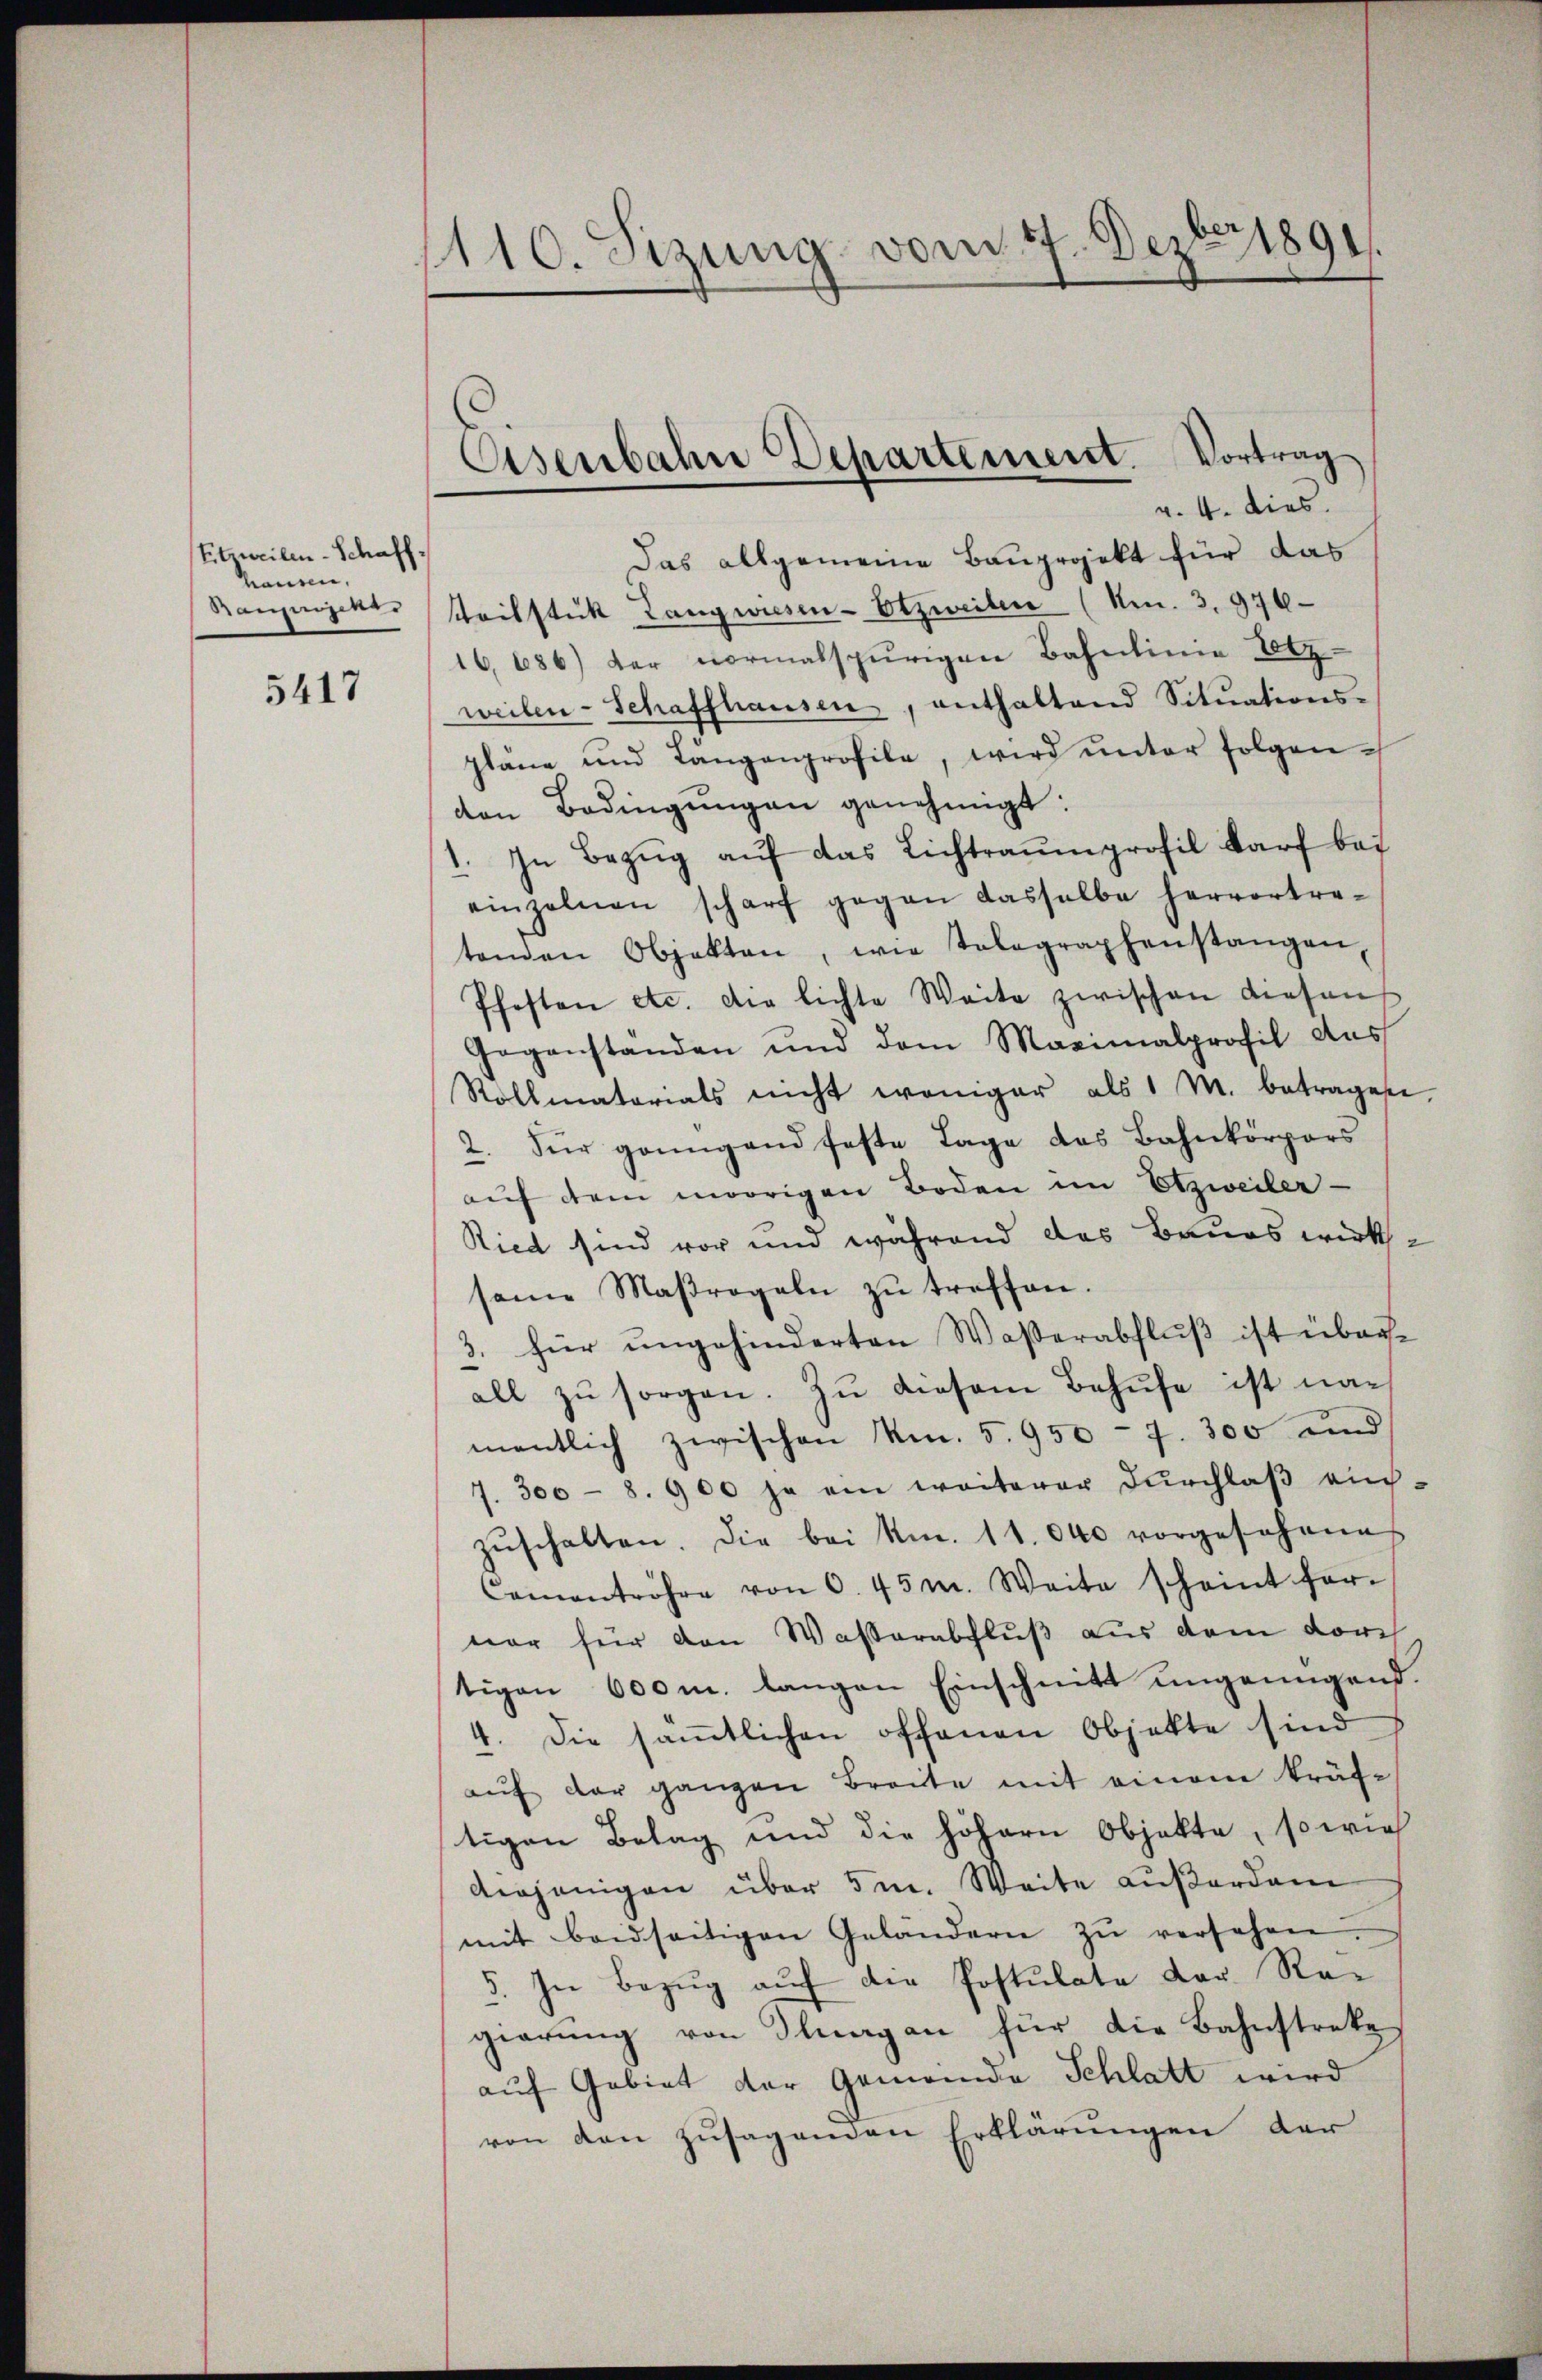
Etzweilen-Schaff-
hausen,
Bauzeigent

5417

1110. Sizung vom 17. Dezbr. 1891.

Eisenbahn Departement. Vortrag
v. 4. dies

Das allgemeine Bauprojekt für das
teilstück Langwiesen-Otzweilen (Nr. 3. 976
16,686) der normalspurigen Bahnlinie Herz
weilen- Schaffhausen, enthaltend Sitŭations-
pläne und Längenprofile, wird ŭnter folgenvon Bedingŭngen genehmigt:
1. In Bezŭg aŭf das Lichtraumprofil darf bei
einzelnen scharf gegen dasselbe hervortra-
tenden Objekten, wie telegraphenstangen,
Pfosten etc. die lichte Weite zwischen diesen
Gegenstanden und dem Maximalprofil das
Rollmatorials nicht weniger als 1 M. betragese
2. Für genügend feste Tage das Bahnkörpers
aŭf dem modrigen Boden im Etzweiler-
Ried sind vor und während das Baues wirksseine Maßregeln zŭ treffen.
3. für ungehinderten Waßerabfluß ist überall zŭ sorgen. Zu diesem Behufe ist namentlich zwischen Nr. 5. 950 - 7. 300 und
7. 300 - 8. 900 ja ein weiterer Dŭrchlaβ aŭch-
zŭschalten. Die bei Nm. 11. 040 vorgesehenes
Camantröhre von 6. 45 m. Weite scheint her-
nar für den Wasserabschluß aus dem dorch
tigen 600 m. langen Einschnitt ungenügend.
4. Die saṁtlichen offenen Objekte sind
auf der ganzen Breite mit einem kräf-
tigen Belag und die höhern Objekte, so wie
diejenigen über 5 m. Weite außerdam
mit beidseitigen Geländern zŭ versehen.
5. In Bezug auf die Postulate der Regierung von Iluagan für die Bahnstreke
auf Gebiet der Gemeinde Schlatt wird
von den zusagenden Erklärungen der